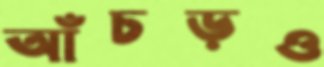
আঁচড়ও